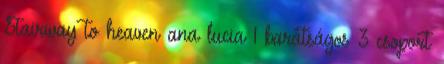
Stairway to heaven ana lucia 1 barátságos 3 csoport